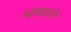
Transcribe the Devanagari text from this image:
भ्रमवाती